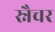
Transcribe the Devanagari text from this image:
स्नैचर